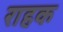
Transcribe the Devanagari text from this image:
राहक